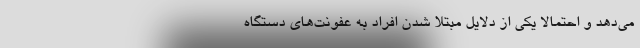
می‌دهد و احتمالا یکی از دلایل مبتلا شدن افراد به عفونت‌های دستگاه